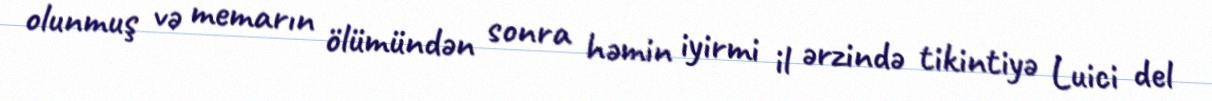
olunmuş və memarın ölümündən sonra həmin iyirmi il ərzində tikintiyə Luici del